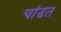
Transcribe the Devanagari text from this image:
चांडत